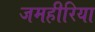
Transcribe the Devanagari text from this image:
जमहीरिया